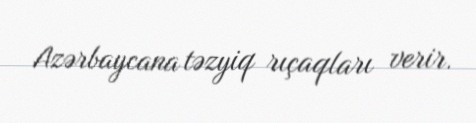
Azərbaycana təzyiq rıçaqları verir.